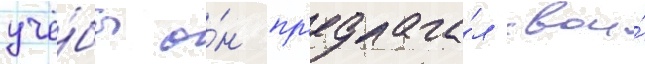
учё́бы о́н пр'едлага́л свои́